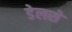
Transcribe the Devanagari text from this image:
डेलसे